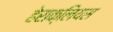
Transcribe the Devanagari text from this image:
हेराक्लियस